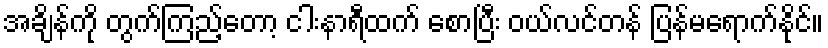
အချိန်ကို တွက်ကြည့်တော့ ငါးနာရီထက် စောပြီး ဝယ်လင်တန် ပြန်မရောက်နိုင်။